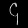
Digit: ၄